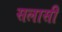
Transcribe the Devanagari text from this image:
सलासी